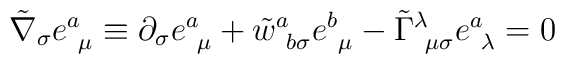
\tilde \nabla_\sigma e^a_{~\mu} \equiv \partial_\sigma e^a_{~\mu}+ \tilde w^a_{~b \sigma} e^b_{~\mu}- \tilde \Gamma^\lambda_{~\mu \sigma} e^a_{~\lambda}  = 0